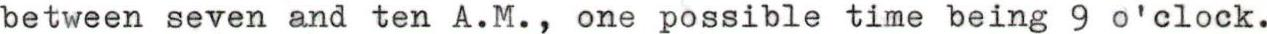
between seven and ten A.M., one possible time being 9 o'clock.